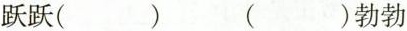
跃跃( ) ( ) 勃勃